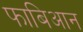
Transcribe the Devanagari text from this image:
फाबिआन